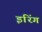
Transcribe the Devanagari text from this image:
इरिंग